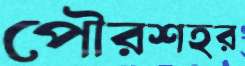
পৌরশহর